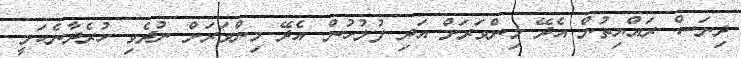
ދިނަސް ރައްޔިތުން އެދޭ މިންވަރަށް އަދި ފުލުހުން އެދޭ މިންވަރަށް ނުދެވި ހުރެދާނެކަމީ